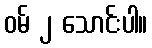
ဝမ် ၂ သောင်းပါ။